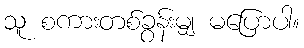
သူ စကားတစ်ခွန်းမျှ မပြောပါ။